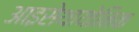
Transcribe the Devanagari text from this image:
आइसेथायोनिक